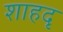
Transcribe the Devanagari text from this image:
शाहदृ